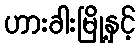
ဟားခါးမြို့နှင့်